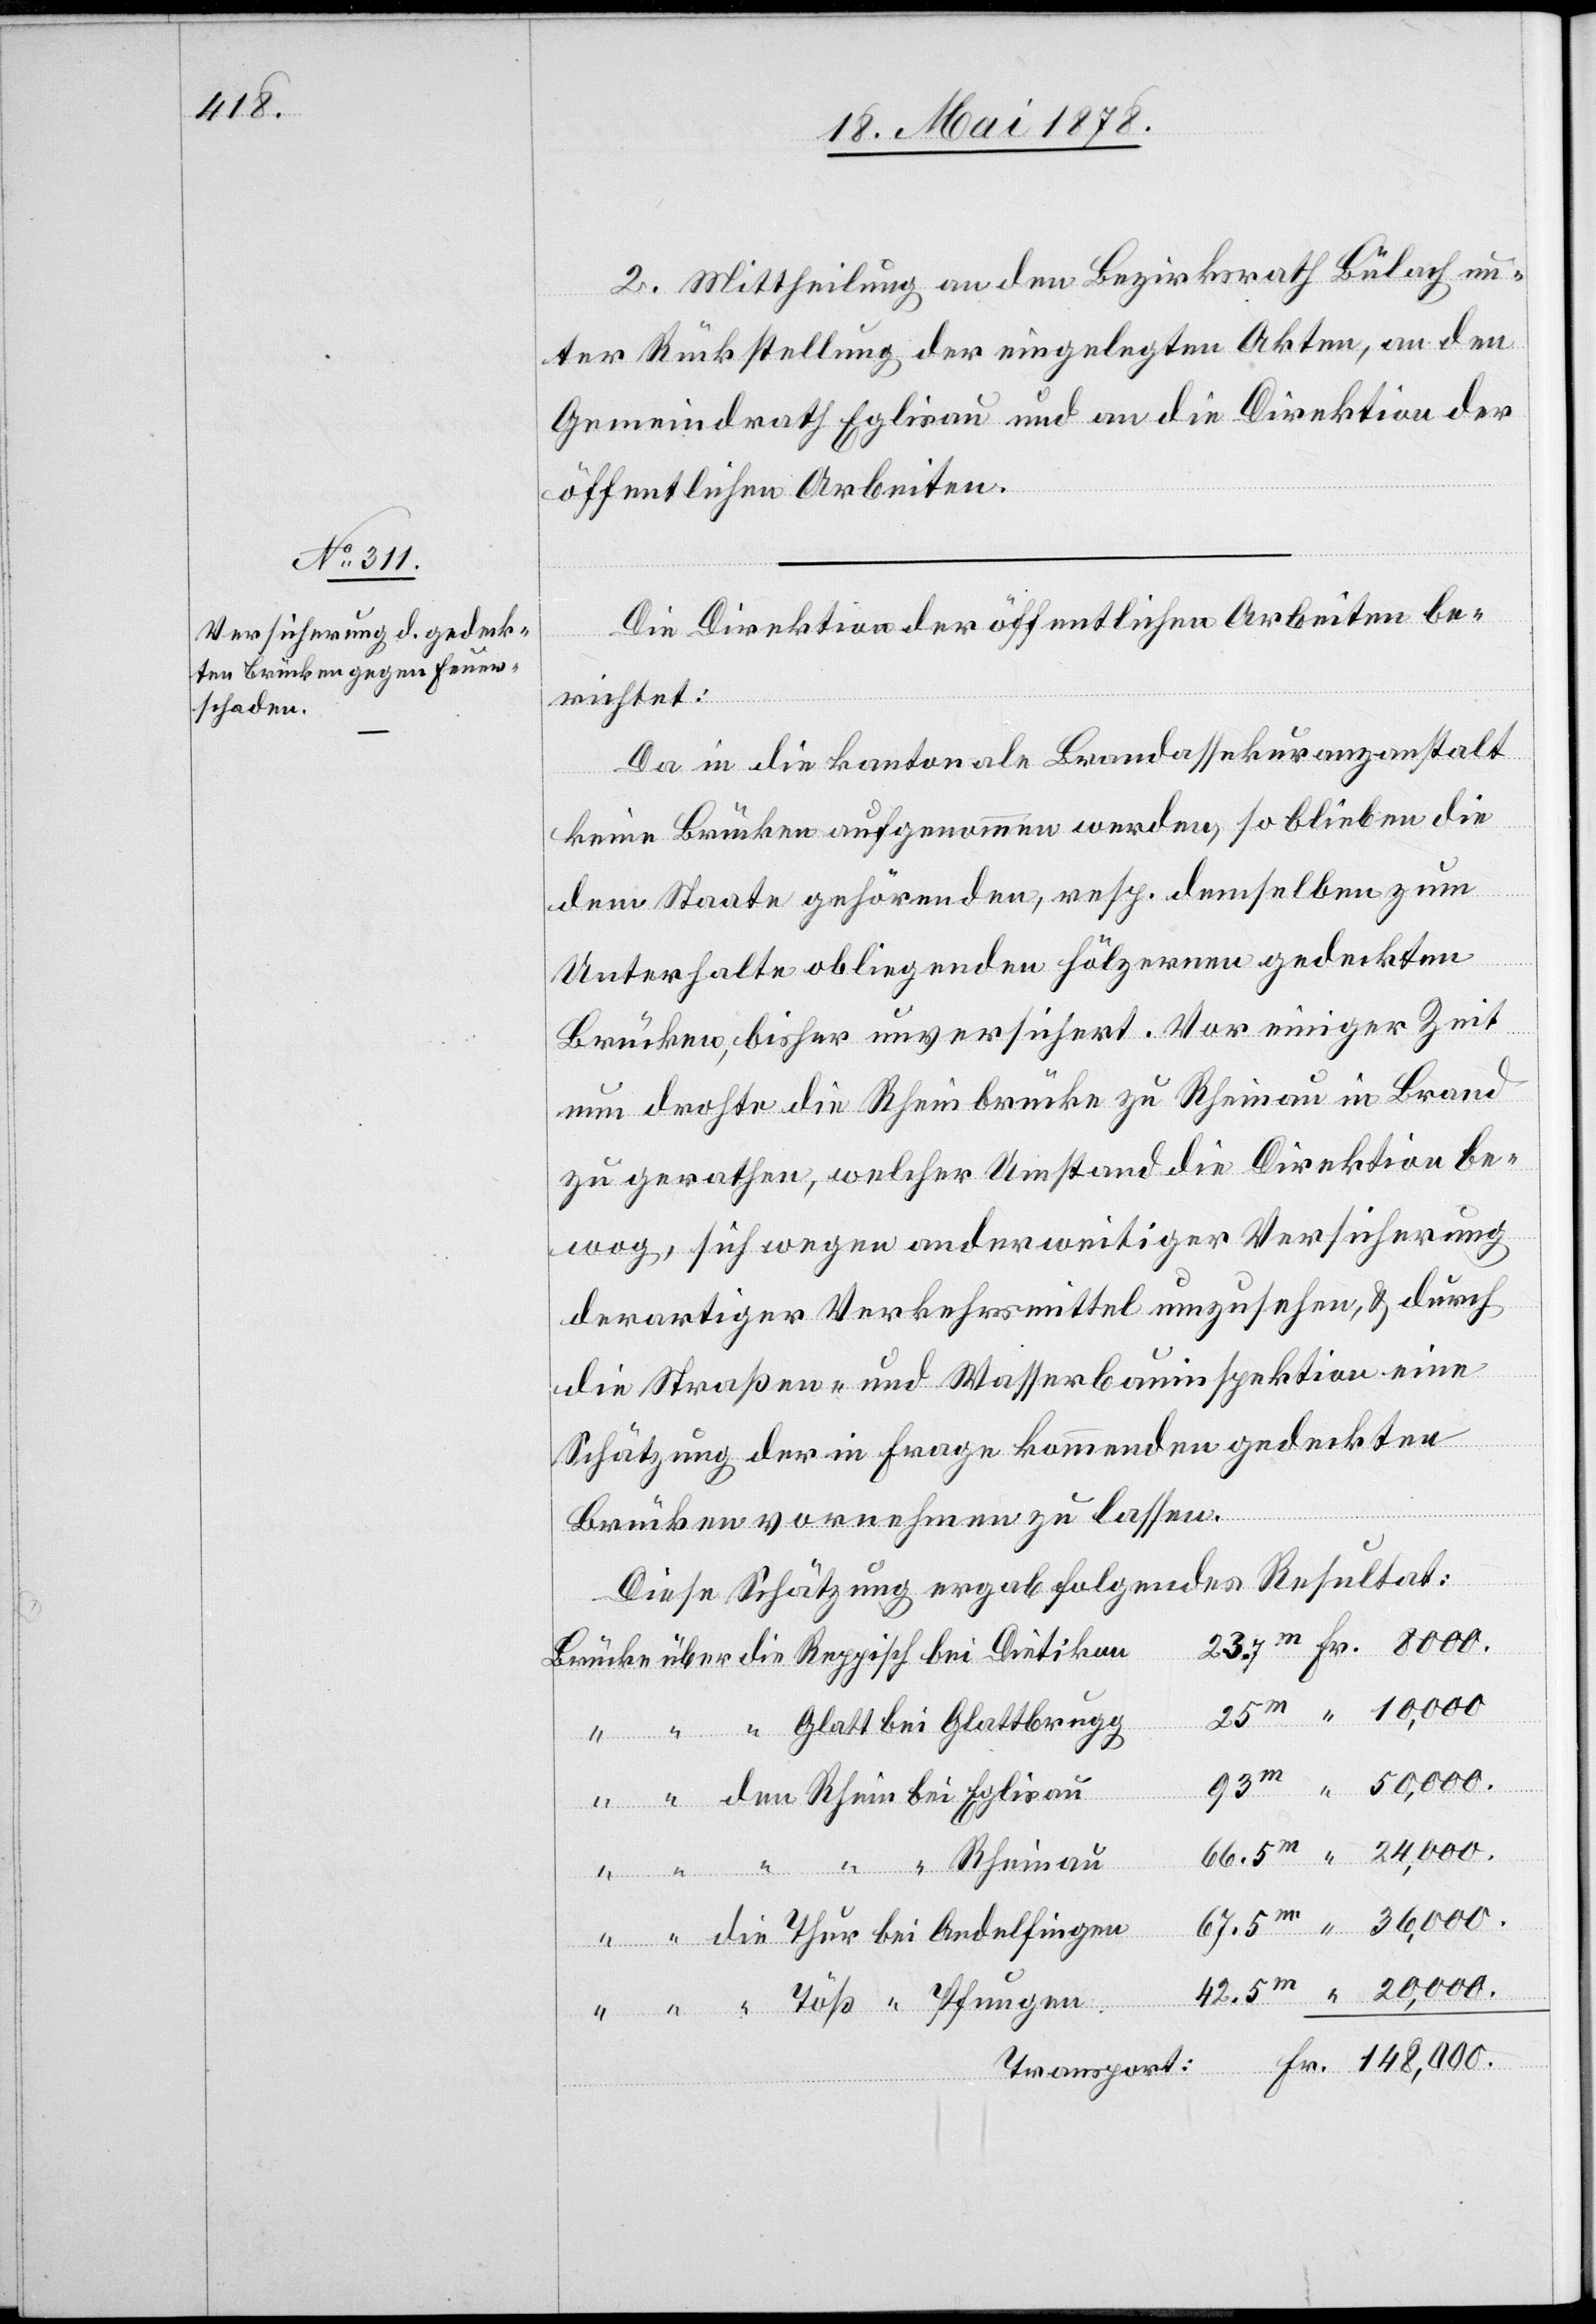
2. Mittheilung an den Bezirksrath Bülach un¬
ter Rückstellung der eingelegten Akten, an den
Gemeindrath Eglisau und an die Direktion der
öffentlichen Arbeiten.
Die Direktion der öffentlichen Arbeiten be¬
richtet:
Da in die kantonale Brandassekuranzanstalt
keine Brücken aufgenommen werden, so blieben die
die
dem Staate gehörenden, resp. demselben zum
einau
Unterhalte obligenden hölzernen gedeckten
Brücken, bisher unversichert. Vor einiger Zeit
nun drohte die Rheinbrücke zu Rheinau in Brand
zu gerathen, welcher Umstand die Direktion be¬
wog, sich wegen anderweitiger Versicherung
derartiger Verkehrsmittel umzusehen, & durch
die Straßen- und Wasserbauinspektion eine
Schätzung der in Frage kommenden gedeckten
Brücken vornehmen zu lassen.
Fr.
Diese Schätzung ergab folgendes Resultat:
“ Glatt bei Glattbrugg
den Rhein bei Eglisau
die Thur bei Andelfingen

ngen
Transport: